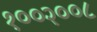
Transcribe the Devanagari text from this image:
१००२००८